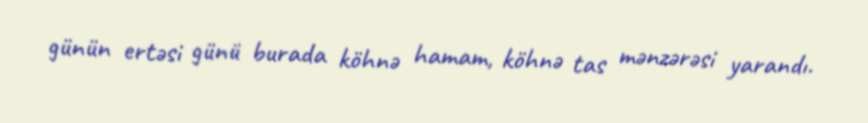
günün ertəsi günü burada köhnə hamam, köhnə tas mənzərəsi yarandı.